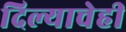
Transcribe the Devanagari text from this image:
दिल्याचेही